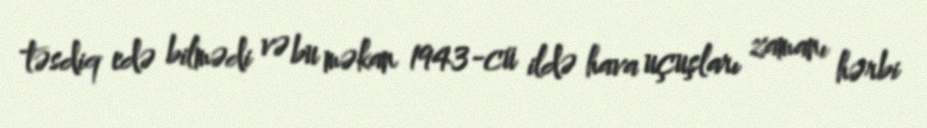
təsdiq edə bilmədi və bu məkan 1943-cü ildə hava uçuşları zamanı hərbi